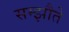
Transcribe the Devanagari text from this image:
सम्झौते